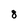
Character: 8